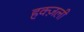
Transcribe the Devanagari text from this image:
हक्ज़ली